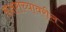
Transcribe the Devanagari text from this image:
अक्षराच्यावरील